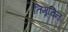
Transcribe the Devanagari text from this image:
तिमूचिन